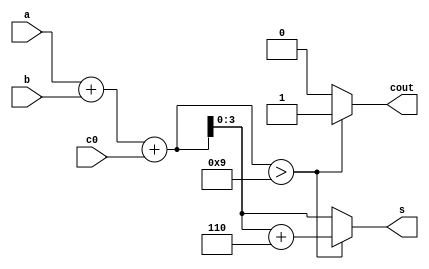
`timescale 1ns / 1ps
//BCD Adder


module bcd_adder(a, b, c0, s, cout);
  input [3:0] a, b;    // Drt basamakl BCD saylar, a ve b girileri.
  input c0;            // Tasima biti Girisi
  output reg [3:0] s;  // Drt basamakl BCD sonucu, s k.
  output reg cout;     // Tasima Biti Cikisi

  reg [4:0] temp_s;    // Gecici hesaplama icin 5-bitlik deiken.

  always @(a, b, c0)   // a, b veya c0 deitiinde bu blok alacak.
  begin
    temp_s = a + b + c0; // BCD saylarn ve tama bitini topla.

    if (temp_s > 9)   // Eger toplam 9'dan bykse,
    begin
      cout = 1;      // Tama kn ayarla.
      temp_s = temp_s + 6; // Tama nedeniyle 6 ekleyin.
      s = temp_s[3:0];    // Drt basamakl sonucu gncelle.
    end
    else              // Eer toplam 9 veya daha kkse,
    begin
      cout = 0;      // Tama kn sfrla.
      s = temp_s[3:0];    // Drt basamakl sonucu gncelle.
    end
  end
endmodule